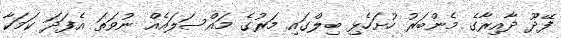
ފޭދޫ ދާއިރާގެ މެންބަރު ހުށަހެޅި ބިލްގައި މަރުގެ މައްސަލައެއް ނުވަތަ އެފަދަ ކަމަކާ